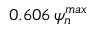
0 . 6 0 6 \, \psi _ { n } ^ { m a x }